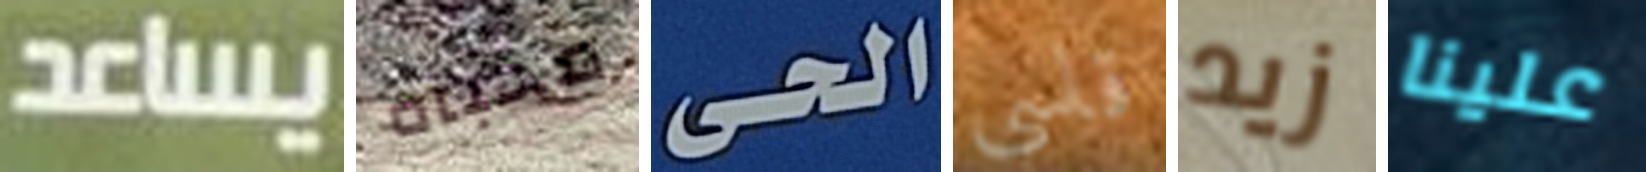
يساعد مخبأه الحى قاسي زيد علينا